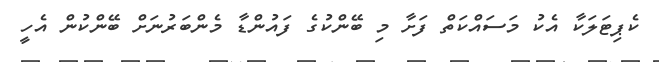
ކެޕިޓަލަކާ އެކު މަސައްކަތް ފަށާ މި ބޭންކުގެ ފައުންޑާ މެންބަރުނަށް ބޭންކުން އެހީ